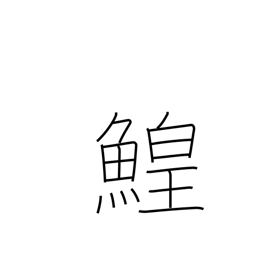
Meaning: sturgeon